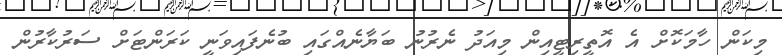
މިކަން ހާމަކޮށް އެ އޮތީރިޓީއިން މިއަދު ނެރުނު ބަޔާނެއްގައި ބުނެފައިވަނީ ކަރަންޓަށް ސަރުކާރުން